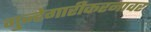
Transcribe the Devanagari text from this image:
गुन्हेगारीकरनावर